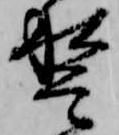
稽